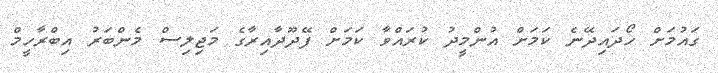
ގައުމަށް ހޯދައިދޭނެ ކަމަށް އުންމީދު ކުރައްވާ ކަމަށް ފޭދޫދާއިރާގެ މަޖިލިސް މެންބަރު އިބްރާހީމް